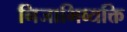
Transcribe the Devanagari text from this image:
निजाभिव्यक्ति